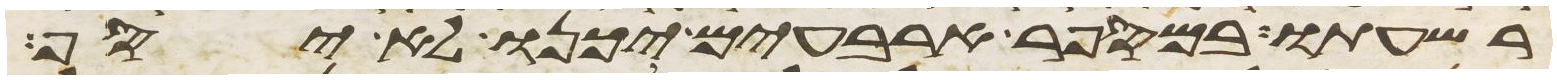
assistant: רשעתו במספר ארבעים יכנו לא יסף